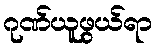
ဂုဏ်ယူဖွယ်ရာ